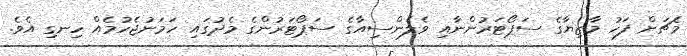
މެޗަށް ފަހު މާޒިޔާގެ ސަޕޯޓަރުންނާއި ވެލެންސިއާގެ ސަޕޯޓަރުންގެ މެދުގައި ހަމަނުޖެހުމެއް ހިނގި އެވެ.